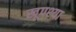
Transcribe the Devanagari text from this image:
खूपश्या